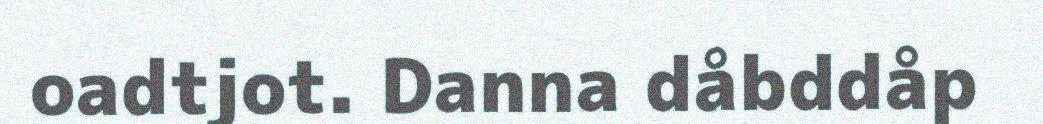
oadtjot. Danna dåbddåp